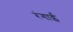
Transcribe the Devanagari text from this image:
रंगाईं